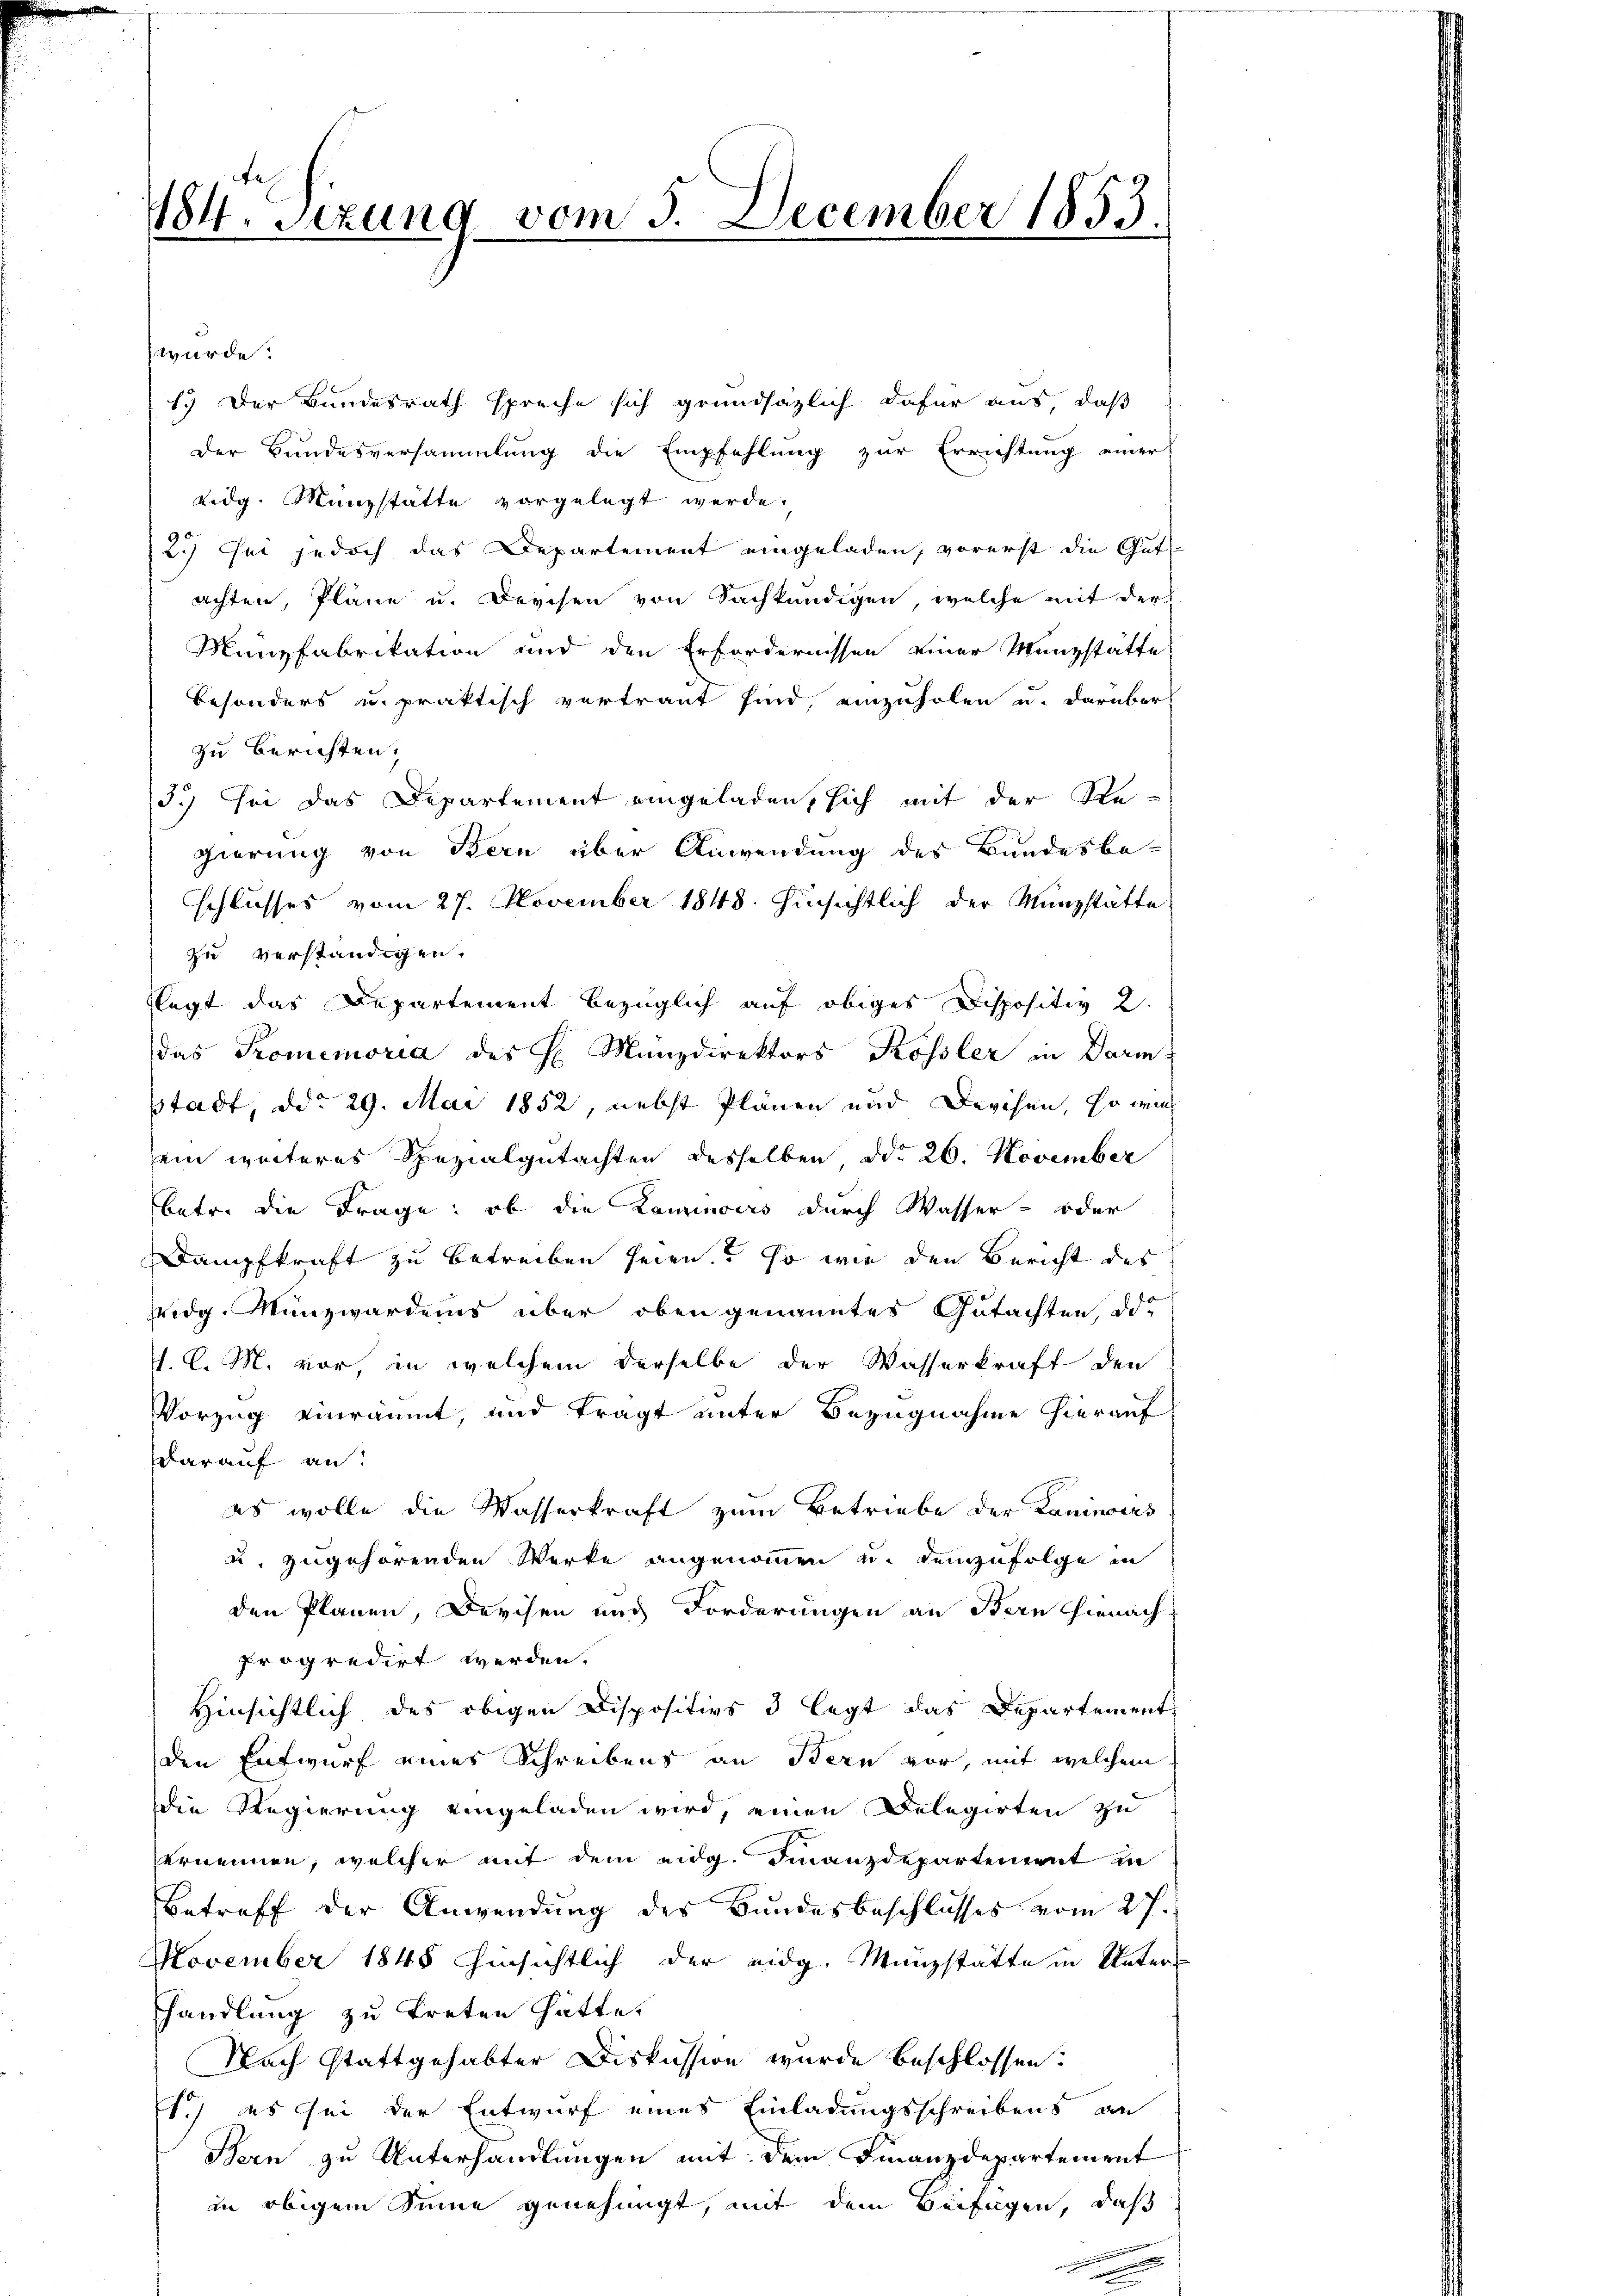
würde.
1. Der Bundesrath spreche sich grundsätzlich dafür aus, daß
Der Bundesversammlung die Empfehlung zur Errichtung einer
eidg. Münzstätte vorgelegt werde.
2.) Sei jedoch das Departement eingeladen, vorerst die Gut
achten, Pläne u. Durchen von Sachkundigen, welche mit der
Münzfabrikation und den Erfordernissen einer Münzstätte,
besonders u. praktisch vertraut sind, einzuholen u. darüber
zu berichten;
J.) sei das Departement eingeladen, sich mit der Re-
gierung von Bern über Anwendung des Bundesbe-
schlusses vom 27. November 1848. hinsichtlich der Münzstätte,
zu verständigen.
flegt das Departement bezüglich auf obiges Dispositiv 2.
das Promemoria des H. Münzdirektors Kössler in Darm
stadt, ddo 29. Mai 1852, nebst Plänen und Devisen, so wied
ein weiteres Spezialgutachten desselben, ddo 26. November
betr. die Frage: ob die Kaminoirs durch Wasser- oder
Dampfkraft zu betreiben seien. So wie den Bericht des
sidg. Münzwardens über oben genanntes Gutachten, das
1. C. M. vor, in welchem derselbe der Wasserkraft den
Vorzug einräumt, und tragt unter Bezugnahme hierauf
darauf an:
es wolle die Wasserkraft zum Betriebe der Kaninoirs
u. zugehörenden Werke angenommen u. demzufolge in
den Planen, Devisen und Forderungen an Bern Thienach
progredirt werden.
Hinsichtlich des obigen Dispositivs 3 legt das Departement
den Entwurf eines Schreibens an Bern vor, mit welchem
die Regierung eingeladen wird, einen Delegirten zu
brunnen, welcher mit dem eidg. Finanzdepartement in
Betreff der Anwendung des Bundesbeschlusses vom 27.
November 1848 hinsichtlich der eidg. Münzstätte in Unters
handlung zu treten hätte.
Nach stattgehabter Diskussion wurde beschlossen:
s.) es sei der Entwurf eines Einladungsschreibens an
Bern zu Unterhandlungen mit dem Finanzdepartement
in obigem Sinne genehmigt, mit dem Beifügen, daß
n

784. Sizung vom 5. December 1853.